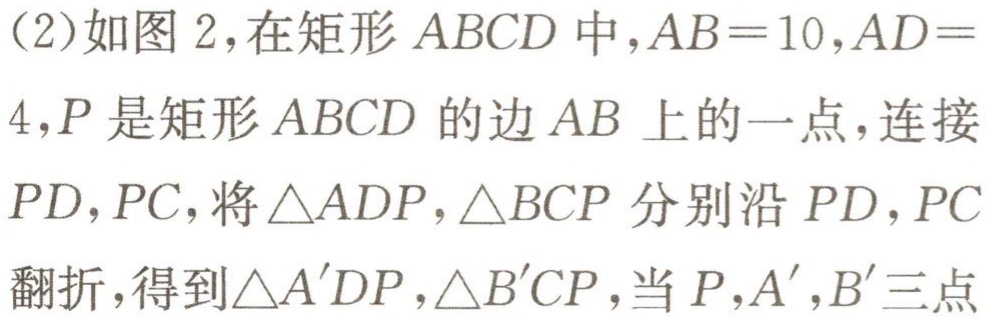
(2)如图 2，在矩形 \(ABCD\) 中，\(AB = 10\)，\(AD = 4\)，\(P\) 是矩形 \(ABCD\) 的边 \(AB\) 上的一点，连接 \(PD\)，\(PC\)，将 \(\triangle ADP\)，\(\triangle BCP\) 分别沿 \(PD\)，\(PC\) 翻折，得到 \(\triangle A'DP\)，\(\triangle B'CP\)，当 \(P\)，\(A'\)，\(B'\) 三点